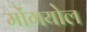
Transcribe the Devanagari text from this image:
मोंगयोल